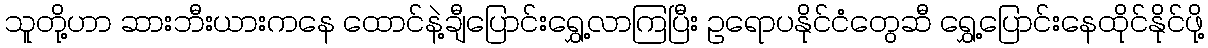
သူတို့ဟာ ဆားဘီးယားကနေ ထောင်နဲ့ချီပြောင်းရွှေ့လာကြပြီး ဥရောပနိုင်ငံတွေဆီ ရွှေ့ပြောင်းနေထိုင်နိုင်ဖို့